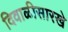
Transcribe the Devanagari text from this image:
दिवाळीसारखे